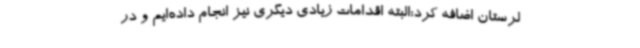
لرستان اضافه کرد:البته اقدامات زیادی دیگری نیز انجام داده‌ایم و در